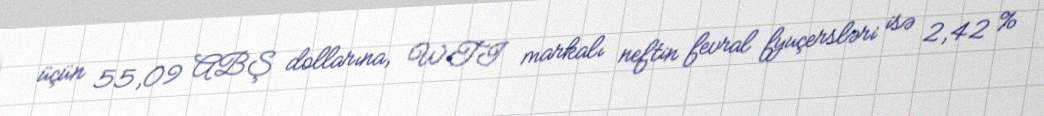
üçün 55,09 ABŞ dollarına, WTI markalı neftin fevral fyuçersləri isə 2,42 %